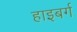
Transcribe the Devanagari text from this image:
हाइबर्ग